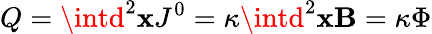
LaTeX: Q=\intd^{2}\mathbf{x}J^{0}=\kappa\intd^{2}\mathbf{x}\mathbf{B}=\kappa\Phi